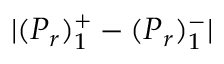
| ( \boldsymbol { P } _ { r } ) _ { 1 } ^ { + } - ( \boldsymbol { P } _ { r } ) _ { 1 } ^ { - } |